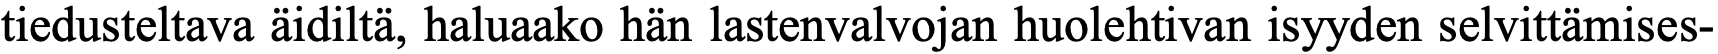
tiedusteltava äidiltä, haluaako hän lastenvalvojan huolehtivan isyyden selvittämises-